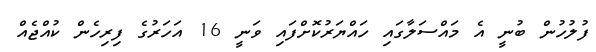
ފުލުހުން ބުނީ އެ މައްސަލާގައި ހައްޔަރުކޮށްފައި ވަނީ 16 އަހަރުގެ ފިރިހެން ކުއްޖެއް